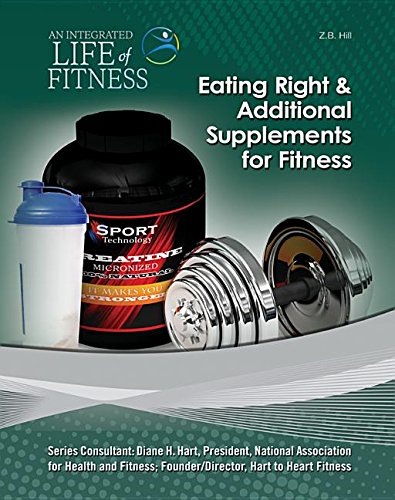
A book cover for Eating Right & Additional Supplements for Fitness (An Integrated Life of Fitness); Z. B. Hill; Teen & Young Adult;